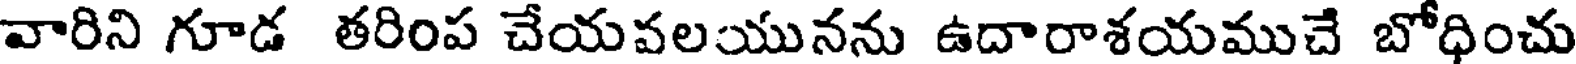
వారిని గూడ తరింప చేయవలయునను ఉదారాశయముచే బోధించు